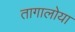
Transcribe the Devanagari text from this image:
तागालोया